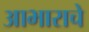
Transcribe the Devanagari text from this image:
आभाराचे